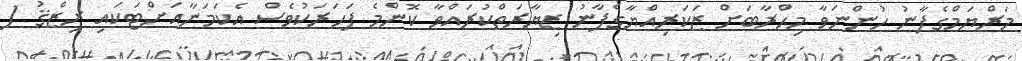
މަރްޔަމްގެފާނު ހުންނަވާ މިޙްރާބަށް ޒަކަރިއްޔާގެފާނު ޒިޔާރަތްކުރައްވާ ކޮންމެ ފަހަރަކުވެސް އެކަމަނާއަށްޓަކައި ރިޒްޤު (